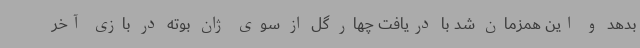
بدهد و این همزمان شد با دریافت چهار گل از سوی ژان بوته در بازی آخر